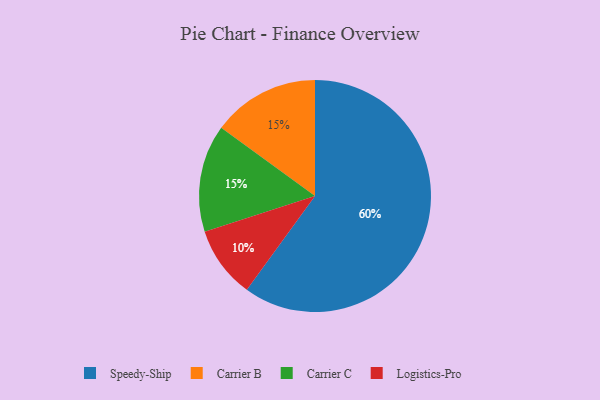
{"axis": {"x": "Category", "y": "Percentage"}, "legend": ["Carrier B", "Carrier C", "Logistics-Pro", "Speedy-Ship"], "data": [{"x": "Logistics-Pro", "y": 10, "type": "Logistics-Pro"}, {"x": "Carrier B", "y": 15, "type": "Carrier B"}, {"x": "Speedy-Ship", "y": 60, "type": "Speedy-Ship"}, {"x": "Carrier C", "y": 15, "type": "Carrier C"}]}